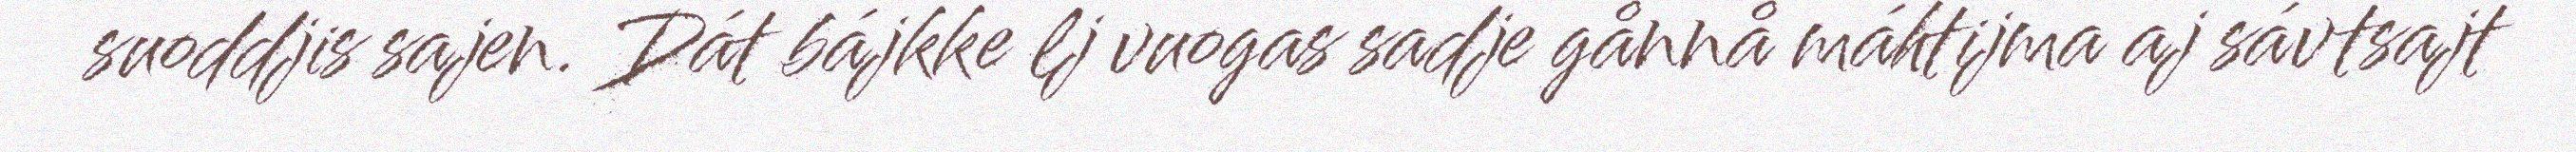
suoddjis sajen. Dát bájkke lj vuogas sadje gånnå máhtijma aj sávtsajt